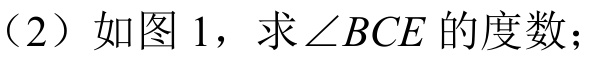
（2）如图 1，求\(\angle BCE\) 的度数；